Dysentery and liver abscess in Bombay - Number 47
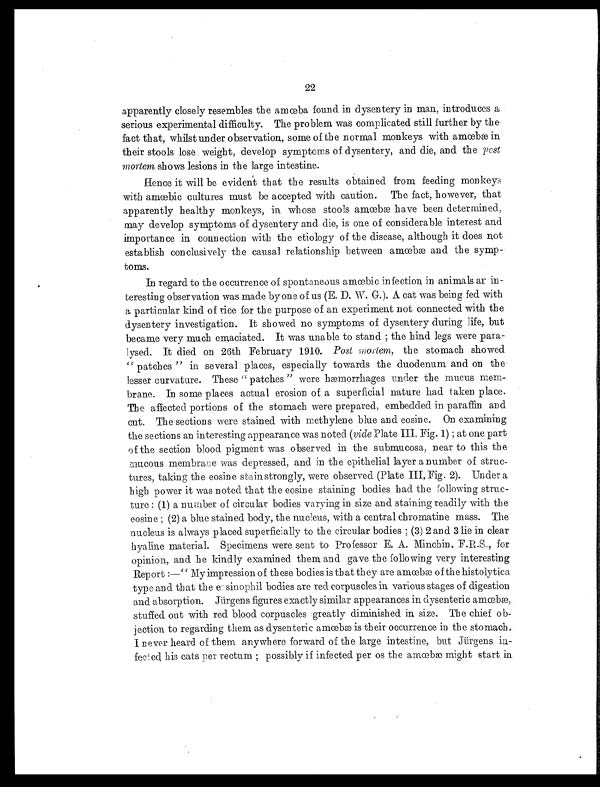
22
apparently closely resembles the amœba found in dysentery in man, introduces a
serious experimental difficulty. The problem was complicated still further by the
fact that, whilst under observation, some of the normal monkeys with amœbæ in
their stools lose weight, develop symptoms of dysentery, and die, and the post
m ortem shows lesions in the large intestine.
Hence it will be evident that the results obtained from feeding monkeys
with amœbic cultures must be accepted with caution. The fact, however, that
apparently healthy monkeys, in whose stools amœbæ have been determined,
may develop symptoms of dysentery and die, is one of considerable interest and
importance in connection with the etiology of the disease, although it does not
establish conclusively the causal relationship between amœbæ and the symp-
toms.
In regard to the occurrence of spontaneous amœbic infection in animals ar in-
teresting observation was made by one of us (E. D. W. G.). A cat was being fed with
a particular kind of rice for the purpose of an experiment not connected with the
dysentery investigation. It showed no symptoms of dysentery during life, but
became very much emaciated. It was unable to stand ; the hind legs were para-
lysed. It died on 26th February 1910. Post mortem, the stomach showed
" patches " in several places, especially towards the duodenum and on the
lesser curvature. These " patches " were hæmorrhages under the mucus mem-
brane. In some places actual erosion of a superficial nature had taken place.
The affected portions of the stomach were prepared, embedded in paraffin and
cut. The sections were stained with methylene blue and eosine. On examining
the sections an interesting appearance was noted (vide Plate III, Fig. 1) ; at one part
of the section blood pigment was observed in the submucosa, near to this the
mucous membrane was depressed, and in the epithelial layer a number of struc-
tures, taking the eosine stain strongly, were observed (Plate III, Fig. 2). Under a
high power it was noted that the eosine staining bodies had the following struc
-ture : (1) a number of circular bodies varying in size and staining readily with the
eosine ; (2) a blue stained body, the nucleus, with a central chromatine mass. The
nucleus is always placed superficially to the circular bodies ; (3) 2 and 3 lie in clear
hyaline material. Specimens were sent to Professor E. A. Minchin, F.R.S., for
opinion, and he kindly examined them and gave the following very interesting
Report :—" My impression of these bodies is that they are amœbæ of the histolytica
type and that the eosinophil bodies are red corpuscles in various stages of digestion
and absorption. Jürgens figures exactly similar appearances in dysenteric amœbæ,
stuffed out with red blood corpuscles greatly diminished in size. The chief ob-
jection to regarding them as dysenteric amœbæ is their occurrence in the stomach.
I never heard of them anywhere forward of the large intestine, but Jürgens in-
fected his cats per rectum ; possibly if infected per os the amœbæ might start in